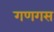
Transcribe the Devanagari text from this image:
गणगस